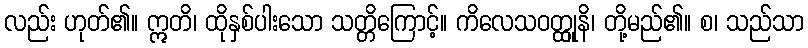
လည်း ဟုတ်၏။ ဣတိ၊ ထိုနှစ်ပါးသော သတ္တိကြောင့်။ ကိလေသဝတ္ထုူနိ၊ တို့မည်၏။ စ၊ သည်သာ